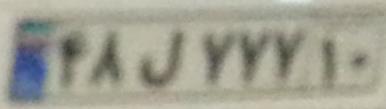
۴۸ل۷۷۷۱۰